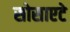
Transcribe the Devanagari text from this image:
सोसाएटे